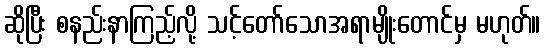
ဆိုပြီး စနည်းနာကြည့်လို့ သင့်တော်သောအရာမျိုးတောင်မှ မဟုတ်။